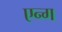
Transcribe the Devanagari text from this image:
एन्ग